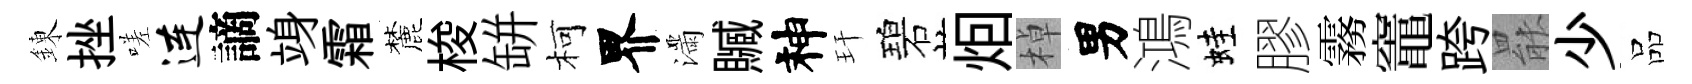
錬挫嗟连謫竧霜麓梭缾柯界滿贓神玕碧𤇆棹男鴻蛙膠霧竈跨罷少品